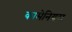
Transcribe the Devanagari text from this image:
कामेनियस